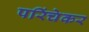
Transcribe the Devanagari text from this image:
परिंचेकर